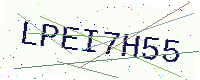
Text: LPEI7H55